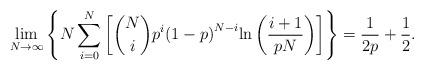
LaTeX: \begin{align*}\lim\limits_{N \to \infty} \left\{ N \sum\limits_{i = 0}^{N} { \left[ \binom{N}{i} {{p}^i}{{\left( {1 - p} \right)}^{N - i}}{\ln}\left( \frac{i + 1}{pN} \right) \right]} \right\} = \frac{1}{2p} + \frac{1}{2}.\end{align*}